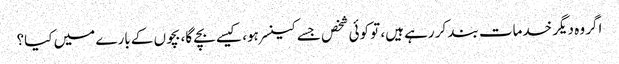
اگر وہ دیگر خدمات بند کر رہے ہیں، تو کوئی شخص جسے کینسر ہو، کیسے بچے گا، بچوں کے بارے میں کیا؟